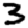
Digit: 3